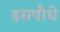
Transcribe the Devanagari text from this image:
इसपौधे